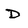
Character: D